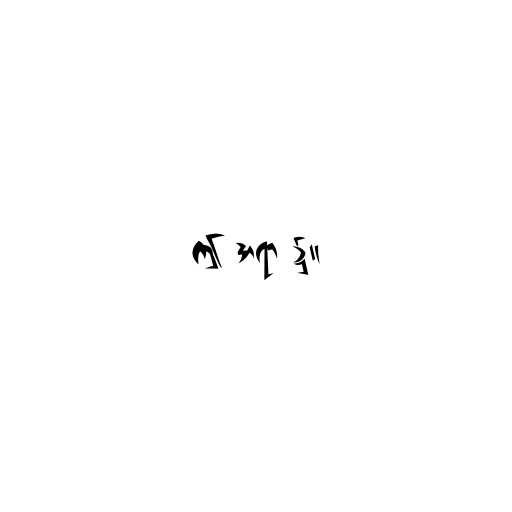
ဤ အရာ ၌။